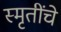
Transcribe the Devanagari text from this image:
स्मृतींचे